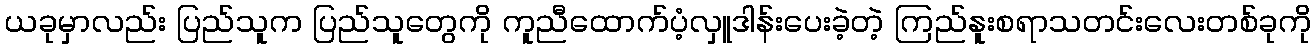
ယခုမှာလည်း ပြည်သူက ပြည်သူတွေကို ကူညီထောက်ပံ့လှူဒါန်းပေးခဲ့တဲ့ ကြည်နူးစရာသတင်းလေးတစ်ခုကို